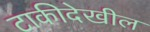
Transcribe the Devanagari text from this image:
टाकीदेखील